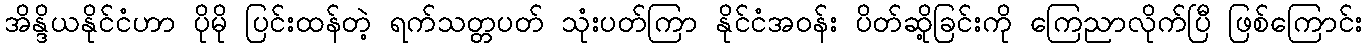
အိန္ဒိယနိုင်ငံဟာ ပိုမို ပြင်းထန်တဲ့ ရက်သတ္တပတ် သုံးပတ်ကြာ နိုင်ငံအဝန်း ပိတ်ဆို့ခြင်းကို ကြေညာလိုက်ပြီ ဖြစ်ကြောင်း